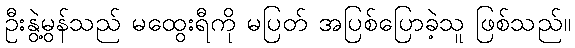
ဦးနွဲ့မွန်သည် မထွေးရီကို မပြတ် အပြစ်ပြောခဲ့သူ ဖြစ်သည်။